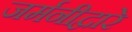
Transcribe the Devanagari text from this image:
जर्मनीद्वारे